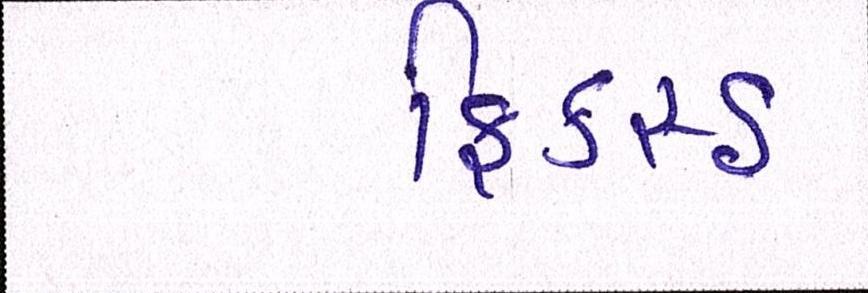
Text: ફિકસ્ડ